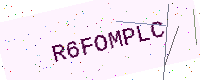
Text: R6FOMPLC